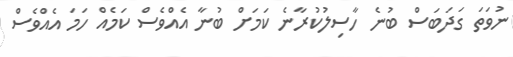
ނުވަތަ ގަދަބަސް ބުނެ ހާސިލުކުރާނެ ކަމަށް ބުނާ އެއްވެސް ކަމެއް ހަމަ އެއްވެސް